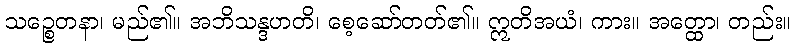
သဉ္စေတနာ၊ မည်၏။ အဘိသန္ဒဟတိ၊ စေ့ဆော်တတ်၏။ ဣတိအယံ၊ ကား။ အတ္ထော၊ တည်း။